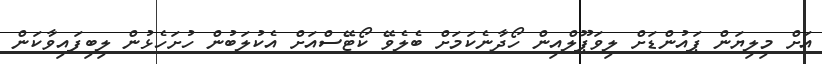
އަށް މިލިޔަން ޕައުންޑަށް ލިވަޕޫލްއިން ހޯދާނެކަމަށް ބެލެވޭ ކޯޓޭސްއަށް އެކުލަބުން ހުށަހެޅުން ލިބިފައިވާކަން